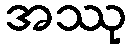
အဿု